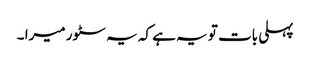
پہلی بات تو یہ ہے کہ یہ سٹور میرا ۔